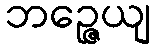
ဘဉ္ဇေယျ